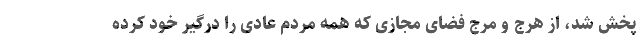
پخش شد، از هرج و مرج فضای مجازی که همه مردم عادی را درگیر خود کرده